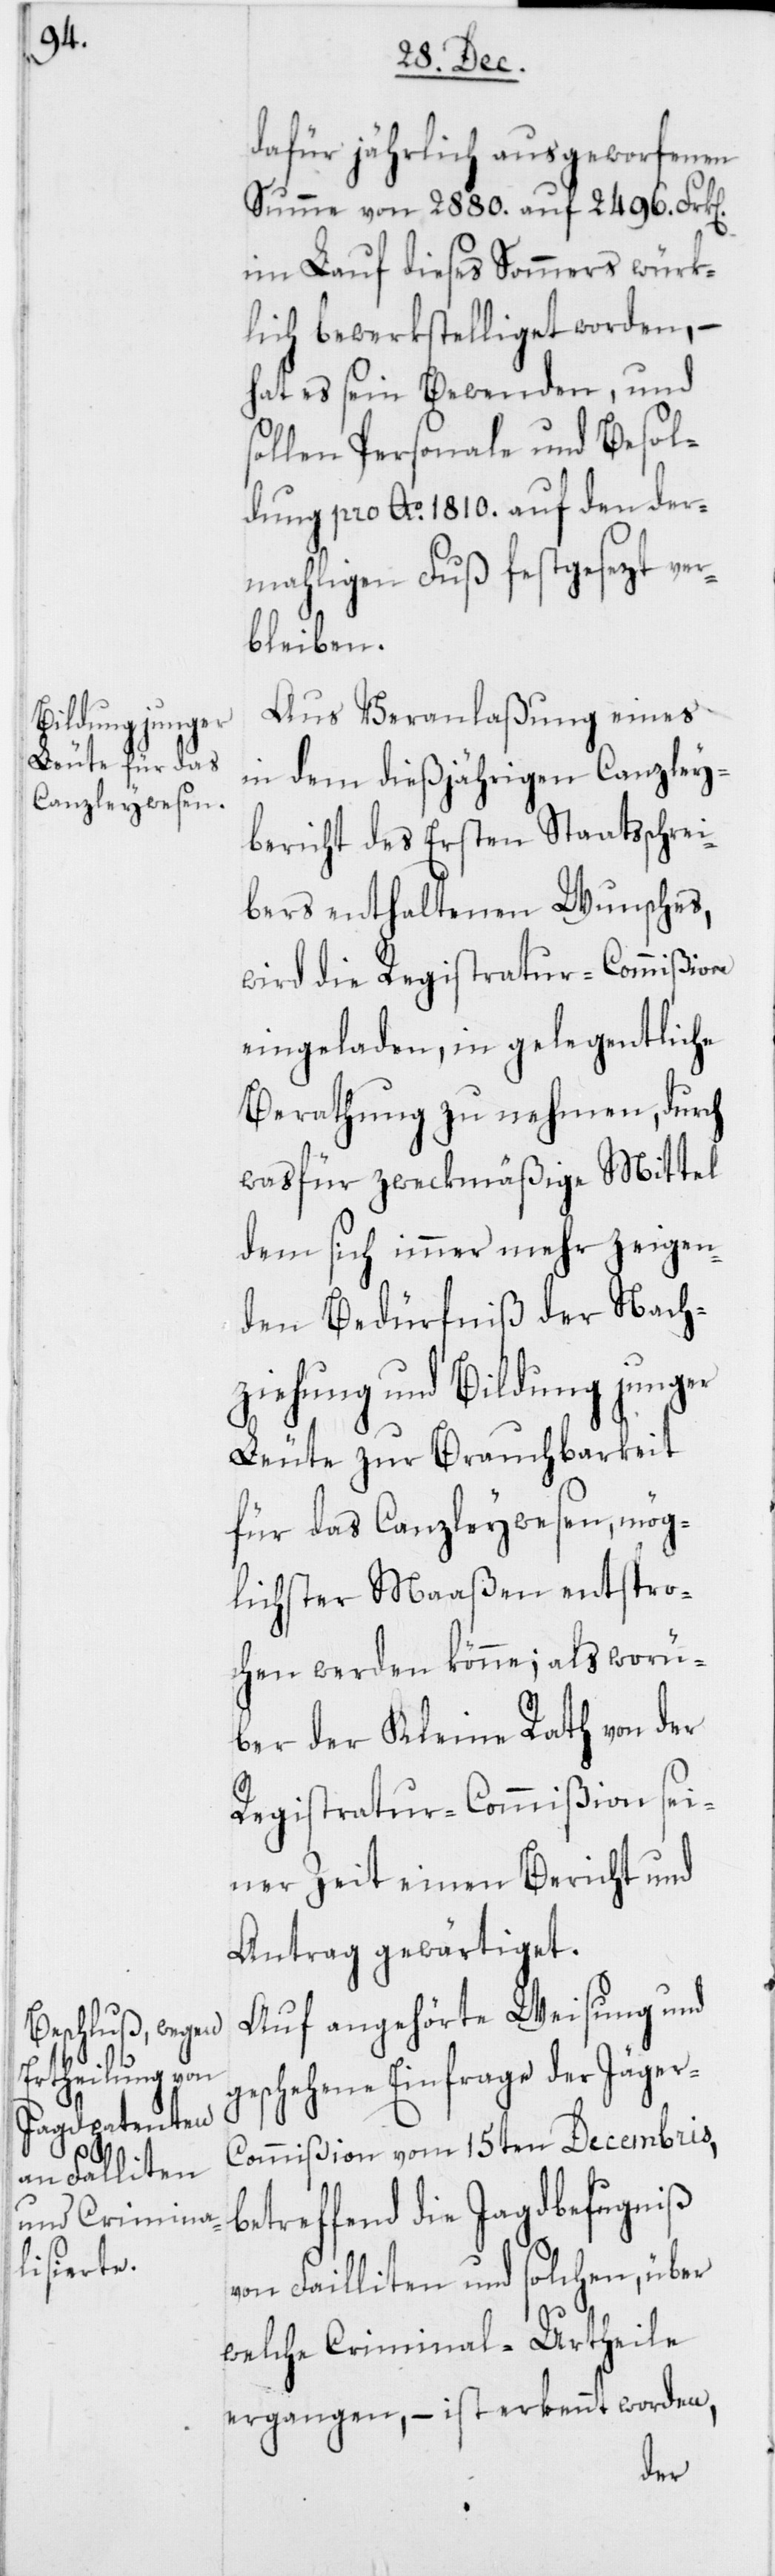
dafür jährlich ausgeworfenen
Summe von 2880. auf 2496. Frk[en]
im Lauf dieses Sommers würk¬
lich bewerkstelliget worden, –
hat es sein Bewenden, und
sollen Personale und Besol¬
dung pro Ao. 1810. auf den der¬
mahligen Fuß festgesezt ver¬
bleiben.
Aus Veranlaßung eines
in dem dießjährigen Canzley¬
bericht des Ersten Staatsschrei¬
bers enthaltenen Wunsches,
wird die Registratur-Commißion
eingeladen, in gelegentliche
Berathung zu nehmen, durch
wasfür zweckmäßige Mittel
dem sich immer mehr zeigen¬
den Bedürfniß der Nach¬
ziehung und Bildung junger
Leute zur Brauchbarkeit
für das Canzleywesen, mög¬
lichster Maaßen entspro¬
chen werden könne; als worü¬
ber der Kleine Rath von der
Registratur-Commißion sei¬
ner Zeit einen Bericht und
Antrag gewärtiget.
Auf angehörte Weisung und
geschehene Einfrage der Jäger-C¬
ommißion vom 15ten Decembris,
betreffend die Jagdbefugniß
von Failliten und solchen, über
welche Criminal-Urtheile
ergangen, – ist erkennt worden,